Report on vaccination North-West Frontier Province 1904-1922 - 1904-1922
Year: 1904
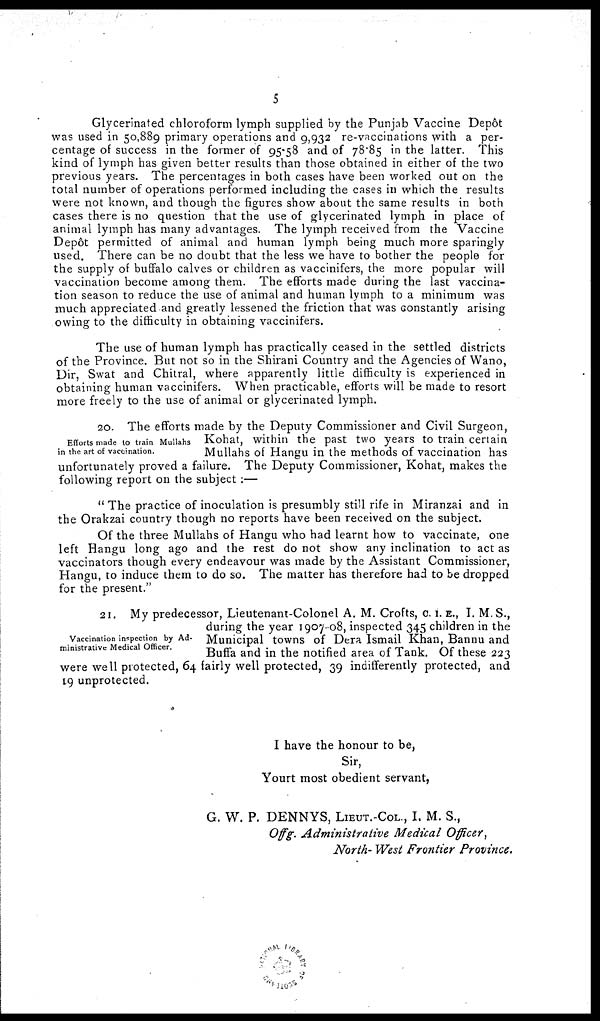
5
Glycerinated chloroform lymph supplied by the Punjab Vaccine Depôt
was used in 50,889 primary operations and 9,932 re-vaccinations with a per-
centage of success in the former of 95.58 and of 78.85 in the latter. This
kind of lymph has given better results than those obtained in either of the two
previous years. The percentages in both cases have been worked out on the
total number of operations performed including the cases in which the results
were not known, and though the figures show about the same results in both
cases there is no question that the use of glycerinated lymph in place of
animal lymph has many advantages. The lymph received from the Vaccine
Depôt permitted of animal and human lymph being much more sparingly
used. There can be no doubt that the less we have to bother the people for
the supply of buffalo calves or children as vaccinifers, the more popular will
vaccination become among them. The efforts made during the last vaccina-
tion season to reduce the use of animal and human lymph to a minimum was
much appreciated and greatly lessened the friction that was constantly arising
owing to the difficulty in obtaining vaccinifers.
The use of human lymph has practically ceased in the settled districts
of the Province. But not so in the Shirani Country and the Agencies of Wano,
Dir, Swat and Chitral, where apparently little difficulty is experienced in
obtaining human vaccinifers. When practicable, efforts will be made to resort
more freely to the use of animal or glycerinated lymph.
Efforts made to train Mullahs
in the art of vaccination.
20. The efforts made by the Deputy Commissioner and Civil Surgeon,
Kohat, within the past two years to train certain
Mullahs of Hangu in the methods of vaccination has
unfortunately proved a failure. The Deputy Commissioner, Kohat, makes the
following report on the subject :—
" The practice of inoculation is presumbly still rife in Miranzai and in
the Orakzai country though no reports have been received on the subject.
Of the three Mullahs of Hangu who had learnt how to vaccinate, one
left Hangu long ago and the rest do not show any inclination to act as
vaccinators though every endeavour was made by the Assistant Commissioner,
Hangu, to induce them to do so. The matter has therefore had to be dropped
for the present."
Vaccination inspection by Ad-
ministrative Medical Officer.
21. My predecessor, Lieutenant-Colonel A. M. Crofts, C. I. E., I. M.S.,
during the year 1907-08, inspected 345 children in the
Municipal towns of Dera Ismail Khan, Bannu and
Buffa and in the notified area of Tank. Of these 223
were well protected, 64 fairly well protected, 39 indifferently protected, and
19 unprotected.
I have the honour to be,
Sir,
Yourt most obedient servant,
G. W. P. DENNYS, LIEUT.-COL., I. M. S.,
Offg. Administrative Medical Officer,
North- West Frontier Province.